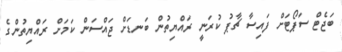
ބަޖެޓް ސަޕޯޓަށް ފައިސާ ޗާޕު ކުރަނީ ރައްޔިތުން ބަނޑަށް ޖައްސަން ކަމަށް ރައްޔިތުންގެ